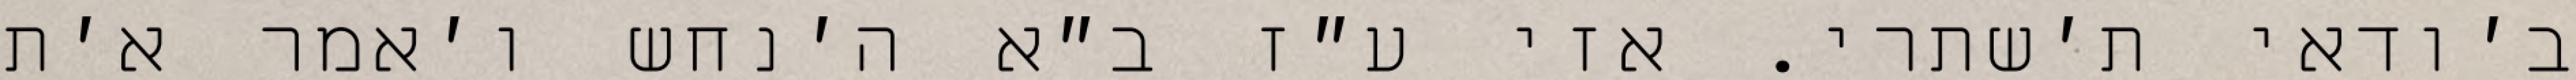
ב׳ודאי ת׳שתרי. אזי ע״ז ב״א ה׳נחש ו׳אמר א׳ת